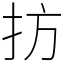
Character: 㧍